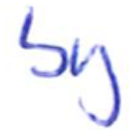
Text: by
Cross-out: clean
Writing tool: ballpoint